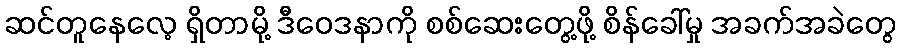
ဆင်တူနေလေ့ ရှိတာမို့ ဒီဝေဒနာကို စစ်ဆေးတွေ့ဖို့ စိန်ခေါ်မှု အခက်အခဲတွေ